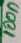
Text: 100n